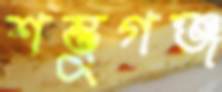
শম্ভুগঞ্জ